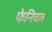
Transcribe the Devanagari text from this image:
फेनिचल